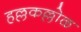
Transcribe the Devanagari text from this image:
हल्लकल्लोळ